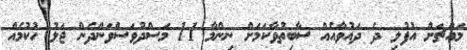
މައްޗަށް އުފުލި ދެ ދައުވާއެއް ސާބިތުވާކަމަށް ނިންމާ 11 މަސްދުވަސްވަންދެން ޖަލު ހުކުމެއް